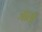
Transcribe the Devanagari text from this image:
जातॊ